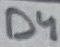
Text: D4